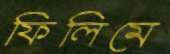
ফিলিমে